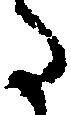
た